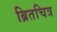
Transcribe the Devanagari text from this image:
ब्रितचित्र